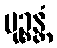
မုဉ္စန္တံ